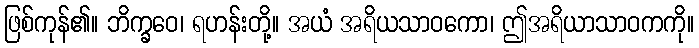
ဖြစ်ကုန်၏။ ဘိက္ခဝေ၊ ရဟန်းတို့။ အယံ အရိယသာဝကော၊ ဤအရိယာသာဝကကို။